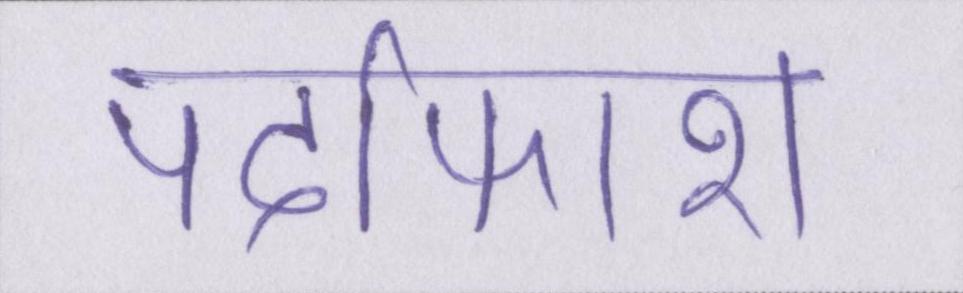
पर्दाफाश